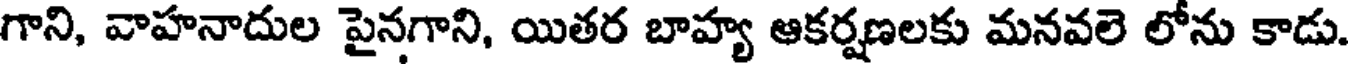
గాని, వాహనాదుల పైనగాని, యితర బాహ్య ఆకర్షణలకు మనవలె లోను కాడు.